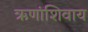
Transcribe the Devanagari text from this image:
ऋणांशिवाय